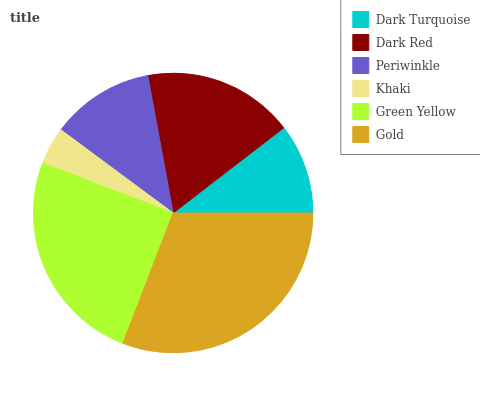
| Dark Turquoise | Dark Red | Periwinkle | Khaki | Green Yellow | Gold |
 | --- | --- | --- | --- | --- | --- |
 | 10.4% | 17.5% | 11.9% | 4.32% | 25% | 30.8% |